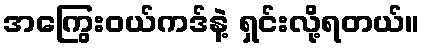
အကြွေးဝယ်ကဒ်နဲ့ ရှင်းလို့ရတယ်။